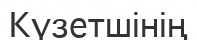
Күзетшінің